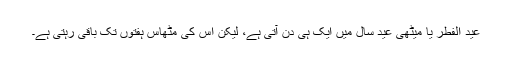
عید الفطر یا میٹھی عید سال میں ایک ہی دن آتی ہے، لیکن اِس کی مٹھاس ہفتوں تک باقی رہتی ہے۔